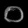
Digit: ၀